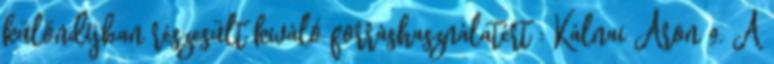
különdíjban részesült kiváló forráshasználatért : Kálnai Áron 9. A